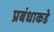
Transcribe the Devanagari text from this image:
प्रबंधाकडे